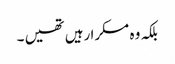
بلکہ وہ مسکرا رہیں تھیں ۔